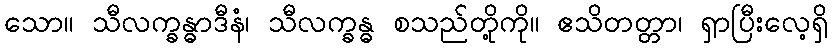
သော။ သီလက္ခန္ဓာဒီနံ၊ သီလက္ခန္ဓ စသည်တို့ကို။ ဧသိတတ္တာ၊ ရှာပြီးလေ့ရှိ